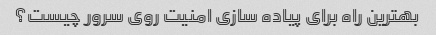
بهترین راه برای پیاده سازی امنیت روی سرور چیست؟